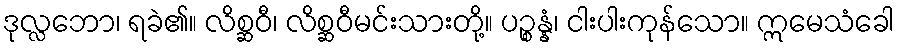
ဒုလ္လဘော၊ ရခဲ၏။ လိစ္ဆဝီ၊ လိစ္ဆဝီမင်းသားတို့။ ပဉ္စန္နံ၊ ငါးပါးကုန်သော။ ဣမေသံခေါ